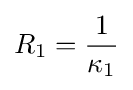
R_{1}={\frac {1}{\kappa _{1}}}